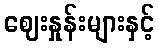
ဈေးနှုန်းများနှင့်